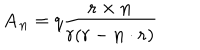
{ \mathbf A } _ { \mathbf n } = q \frac { { \mathbf r } \times { \mathbf n } } { r ( r - { \mathbf n } \cdot { \mathbf r } ) }